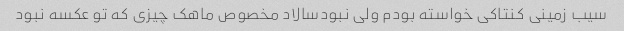
سیب زمینی کنتاکی خواسته بودم ولی نبودسالاد مخصوص ماهک چیزی که تو عکسه نبود